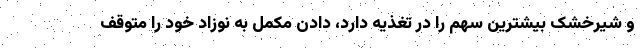
و شیرخشک بیشترین سهم را در تغذیه دارد، دادن مکمل به نوزاد خود را متوقف